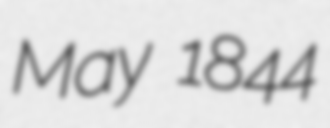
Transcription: May 1844